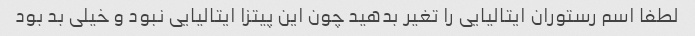
لطفا اسم رستوران ایتالیایى را تغیر بدهید چون این پیتزا ایتالیایى نبود و خیلى بد بود